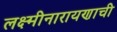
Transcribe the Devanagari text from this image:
लक्ष्मीनारायणाची